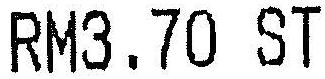
RM3.70 ST